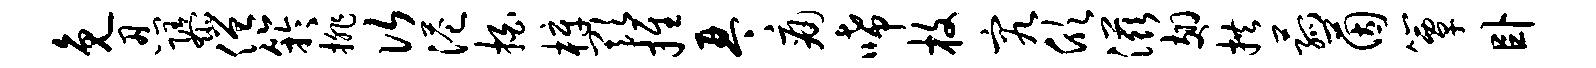
免忍隳僧竽排次港拍梓欺推琴痛唏枚究欣滋翅拱菰茵簟卧